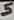
Text: 5